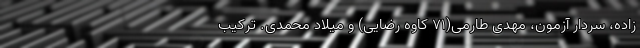
زاده، سردار آزمون، مهدی طارمی(۷۱ کاوه رضایی) و میلاد محمدی. ترکیب